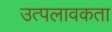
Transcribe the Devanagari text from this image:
उत्पलावकता